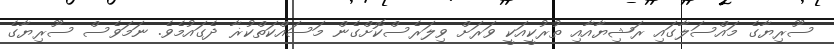
ސޫރިޔާގެ މައްސަލާގައި ރަޝިޔާއާއި ތުރުކީއަކީ ވަރަށް ވިލަރެސްކޮށްގެން މަސައްކަތްކުޜާ ދެގައުމެވެ. ނަމަވެސް ސޫރިޔާގެ